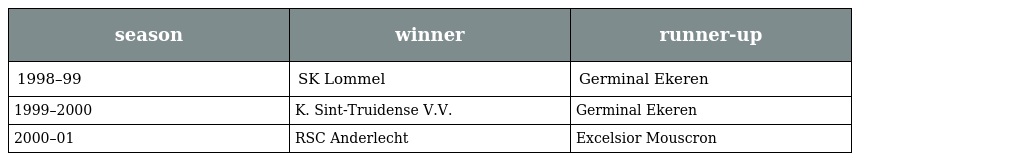
| season | winner | runner-up |
 | --- | --- | --- |
 | 1998–99 | SK Lommel | Germinal Ekeren |
 | 1999–2000 | K. Sint-Truidense V.V. | Germinal Ekeren |
 | 2000–01 | RSC Anderlecht | Excelsior Mouscron |